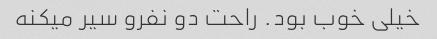
خیلی خوب بود. راحت دو نفرو سیر میکنه